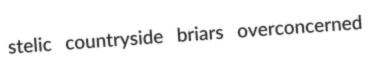
stelic countryside briars overconcerned